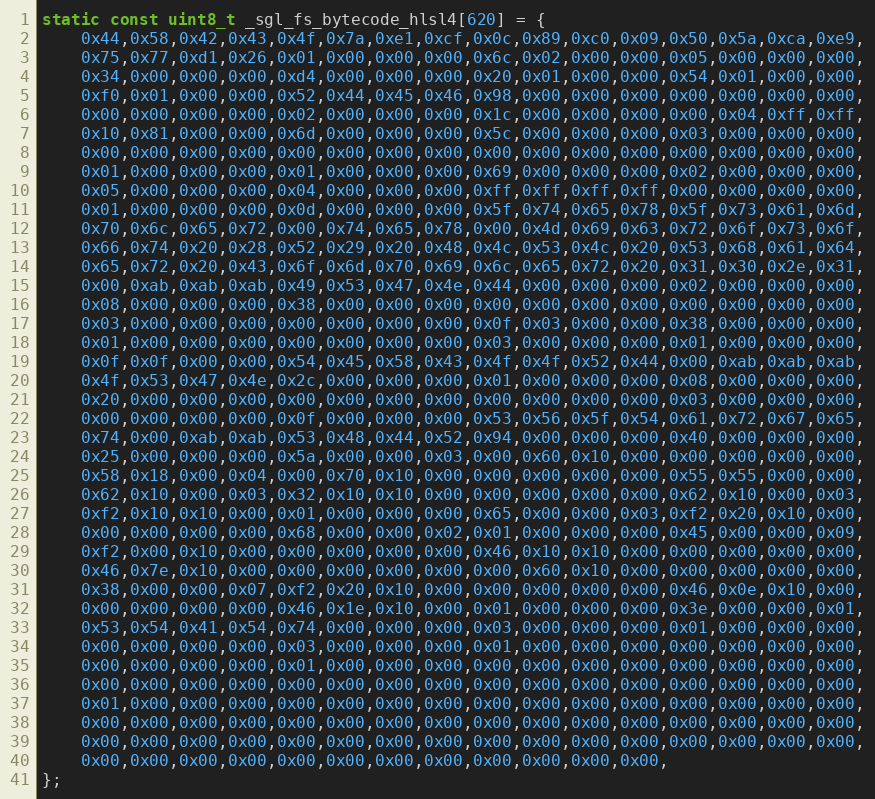
Language: C
static const uint8_t _sgl_fs_bytecode_hlsl4[620] = {
    0x44,0x58,0x42,0x43,0x4f,0x7a,0xe1,0xcf,0x0c,0x89,0xc0,0x09,0x50,0x5a,0xca,0xe9,
    0x75,0x77,0xd1,0x26,0x01,0x00,0x00,0x00,0x6c,0x02,0x00,0x00,0x05,0x00,0x00,0x00,
    0x34,0x00,0x00,0x00,0xd4,0x00,0x00,0x00,0x20,0x01,0x00,0x00,0x54,0x01,0x00,0x00,
    0xf0,0x01,0x00,0x00,0x52,0x44,0x45,0x46,0x98,0x00,0x00,0x00,0x00,0x00,0x00,0x00,
    0x00,0x00,0x00,0x00,0x02,0x00,0x00,0x00,0x1c,0x00,0x00,0x00,0x00,0x04,0xff,0xff,
    0x10,0x81,0x00,0x00,0x6d,0x00,0x00,0x00,0x5c,0x00,0x00,0x00,0x03,0x00,0x00,0x00,
    0x00,0x00,0x00,0x00,0x00,0x00,0x00,0x00,0x00,0x00,0x00,0x00,0x00,0x00,0x00,0x00,
    0x01,0x00,0x00,0x00,0x01,0x00,0x00,0x00,0x69,0x00,0x00,0x00,0x02,0x00,0x00,0x00,
    0x05,0x00,0x00,0x00,0x04,0x00,0x00,0x00,0xff,0xff,0xff,0xff,0x00,0x00,0x00,0x00,
    0x01,0x00,0x00,0x00,0x0d,0x00,0x00,0x00,0x5f,0x74,0x65,0x78,0x5f,0x73,0x61,0x6d,
    0x70,0x6c,0x65,0x72,0x00,0x74,0x65,0x78,0x00,0x4d,0x69,0x63,0x72,0x6f,0x73,0x6f,
    0x66,0x74,0x20,0x28,0x52,0x29,0x20,0x48,0x4c,0x53,0x4c,0x20,0x53,0x68,0x61,0x64,
    0x65,0x72,0x20,0x43,0x6f,0x6d,0x70,0x69,0x6c,0x65,0x72,0x20,0x31,0x30,0x2e,0x31,
    0x00,0xab,0xab,0xab,0x49,0x53,0x47,0x4e,0x44,0x00,0x00,0x00,0x02,0x00,0x00,0x00,
    0x08,0x00,0x00,0x00,0x38,0x00,0x00,0x00,0x00,0x00,0x00,0x00,0x00,0x00,0x00,0x00,
    0x03,0x00,0x00,0x00,0x00,0x00,0x00,0x00,0x0f,0x03,0x00,0x00,0x38,0x00,0x00,0x00,
    0x01,0x00,0x00,0x00,0x00,0x00,0x00,0x00,0x03,0x00,0x00,0x00,0x01,0x00,0x00,0x00,
    0x0f,0x0f,0x00,0x00,0x54,0x45,0x58,0x43,0x4f,0x4f,0x52,0x44,0x00,0xab,0xab,0xab,
    0x4f,0x53,0x47,0x4e,0x2c,0x00,0x00,0x00,0x01,0x00,0x00,0x00,0x08,0x00,0x00,0x00,
    0x20,0x00,0x00,0x00,0x00,0x00,0x00,0x00,0x00,0x00,0x00,0x00,0x03,0x00,0x00,0x00,
    0x00,0x00,0x00,0x00,0x0f,0x00,0x00,0x00,0x53,0x56,0x5f,0x54,0x61,0x72,0x67,0x65,
    0x74,0x00,0xab,0xab,0x53,0x48,0x44,0x52,0x94,0x00,0x00,0x00,0x40,0x00,0x00,0x00,
    0x25,0x00,0x00,0x00,0x5a,0x00,0x00,0x03,0x00,0x60,0x10,0x00,0x00,0x00,0x00,0x00,
    0x58,0x18,0x00,0x04,0x00,0x70,0x10,0x00,0x00,0x00,0x00,0x00,0x55,0x55,0x00,0x00,
    0x62,0x10,0x00,0x03,0x32,0x10,0x10,0x00,0x00,0x00,0x00,0x00,0x62,0x10,0x00,0x03,
    0xf2,0x10,0x10,0x00,0x01,0x00,0x00,0x00,0x65,0x00,0x00,0x03,0xf2,0x20,0x10,0x00,
    0x00,0x00,0x00,0x00,0x68,0x00,0x00,0x02,0x01,0x00,0x00,0x00,0x45,0x00,0x00,0x09,
    0xf2,0x00,0x10,0x00,0x00,0x00,0x00,0x00,0x46,0x10,0x10,0x00,0x00,0x00,0x00,0x00,
    0x46,0x7e,0x10,0x00,0x00,0x00,0x00,0x00,0x00,0x60,0x10,0x00,0x00,0x00,0x00,0x00,
    0x38,0x00,0x00,0x07,0xf2,0x20,0x10,0x00,0x00,0x00,0x00,0x00,0x46,0x0e,0x10,0x00,
    0x00,0x00,0x00,0x00,0x46,0x1e,0x10,0x00,0x01,0x00,0x00,0x00,0x3e,0x00,0x00,0x01,
    0x53,0x54,0x41,0x54,0x74,0x00,0x00,0x00,0x03,0x00,0x00,0x00,0x01,0x00,0x00,0x00,
    0x00,0x00,0x00,0x00,0x03,0x00,0x00,0x00,0x01,0x00,0x00,0x00,0x00,0x00,0x00,0x00,
    0x00,0x00,0x00,0x00,0x01,0x00,0x00,0x00,0x00,0x00,0x00,0x00,0x00,0x00,0x00,0x00,
    0x00,0x00,0x00,0x00,0x00,0x00,0x00,0x00,0x00,0x00,0x00,0x00,0x00,0x00,0x00,0x00,
    0x01,0x00,0x00,0x00,0x00,0x00,0x00,0x00,0x00,0x00,0x00,0x00,0x00,0x00,0x00,0x00,
    0x00,0x00,0x00,0x00,0x00,0x00,0x00,0x00,0x00,0x00,0x00,0x00,0x00,0x00,0x00,0x00,
    0x00,0x00,0x00,0x00,0x00,0x00,0x00,0x00,0x00,0x00,0x00,0x00,0x00,0x00,0x00,0x00,
    0x00,0x00,0x00,0x00,0x00,0x00,0x00,0x00,0x00,0x00,0x00,0x00,
};